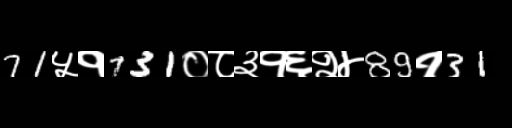
Text: 71५१731०८३१६२४89१31